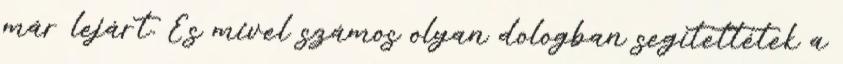
már lejárt. És mivel számos olyan dologban segítettétek a